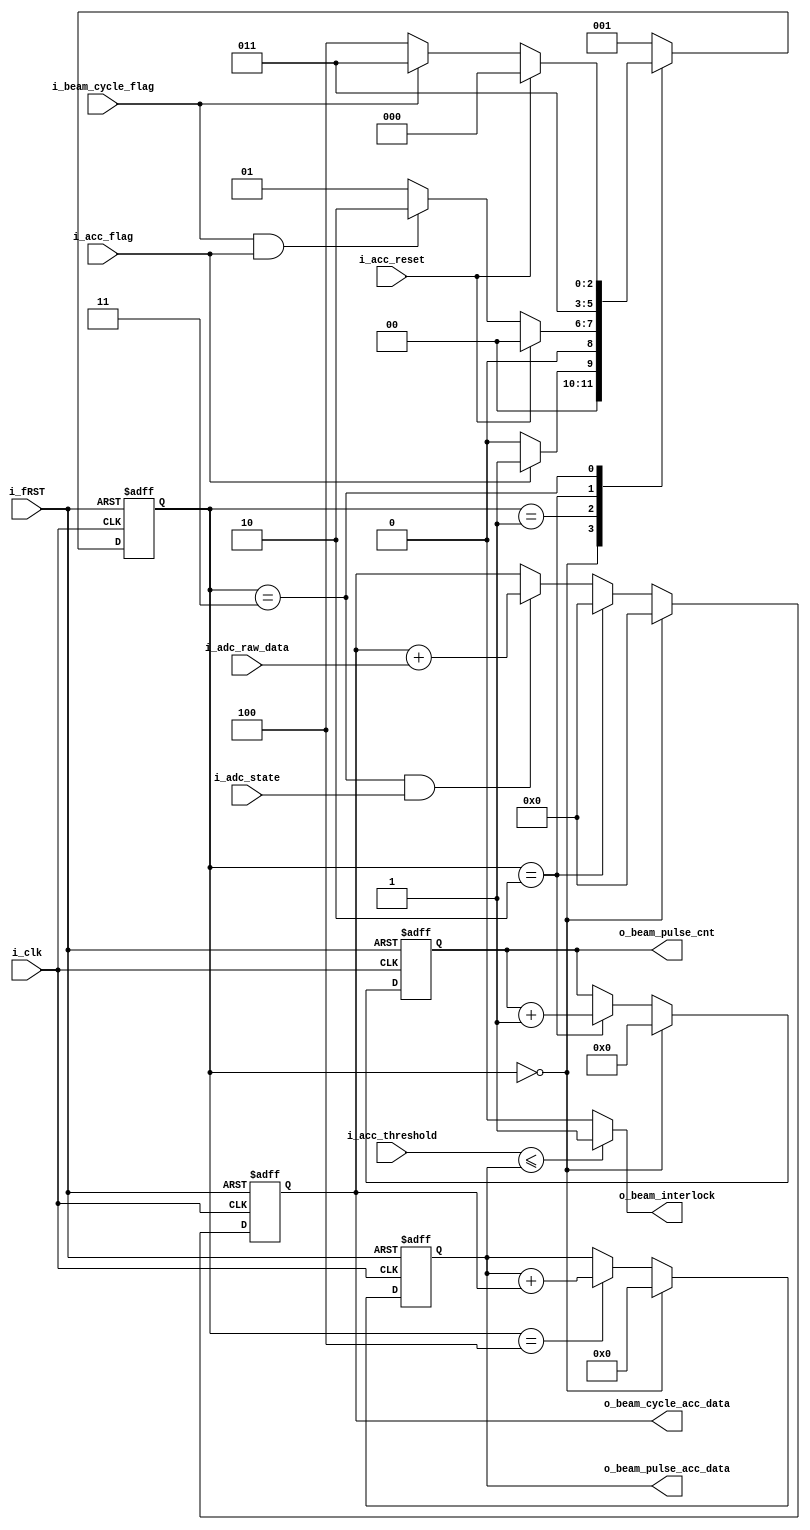
`timescale 1ns / 1ps

/*

*/

module DATA_ACC
(
    input i_fRST,
    input i_clk,

    input i_adc_state,
    input i_acc_flag,
    input i_acc_reset,
    input i_beam_cycle_flag,

    input [13:0] i_adc_raw_data,
    input [44:0] i_acc_threshold,

    output reg [22:0] o_beam_cycle_acc_data,
    output reg [44:0] o_beam_pulse_acc_data,
    output reg [21:0] o_beam_pulse_cnt,
    output o_beam_interlock
);
    parameter init = 0;
    parameter idle = 1;
    parameter cycle_init = 2;
    parameter cycle_acc = 3;
    parameter pulse_acc = 4;

    reg [2:0] state;
    reg [2:0] n_state;

    // State Machine Init
    always @(posedge i_clk or negedge i_fRST) 
    begin
        if (~i_fRST)
            state <= init;

        else 
            state <= n_state;
    end

    // State Machine
    always @(*)
    begin
        case (state)
            init :
            begin
                if (i_acc_flag)
                    n_state <= idle;

                else
                    n_state <= init;
            end

            idle :
            begin
                if (i_acc_reset)
                    n_state <= init;

                else if (i_beam_cycle_flag && i_acc_flag)
                    n_state <= cycle_init;

                else
                    n_state <= idle;
            end

            cycle_init :
                n_state <= cycle_acc;

            cycle_acc :
            begin
                if (i_acc_reset)
                    n_state <= init;

                else if (~i_beam_cycle_flag)
                    n_state <= pulse_acc;

                else
                    n_state <= cycle_acc;
            end

            pulse_acc :
                n_state <= idle;


            default :
                    n_state <= idle;
        endcase
    end

    // Beam Cycle Acc
    always @(posedge i_clk or negedge i_fRST)
    begin
        if (~i_fRST)
            o_beam_cycle_acc_data <= 0;

        else if (state == init)
            o_beam_cycle_acc_data <= 0;

        else if (state == cycle_init)
            o_beam_cycle_acc_data <= 0;

        else if (state == cycle_acc && i_adc_state)
            o_beam_cycle_acc_data <= o_beam_cycle_acc_data + i_adc_raw_data;
        
        else 
            o_beam_cycle_acc_data <= o_beam_cycle_acc_data;
    end

    // Beam Pulse Acc
    always @(posedge i_clk or negedge i_fRST)
    begin
        if (~i_fRST)
            o_beam_pulse_acc_data <= 0;

        else if (state == init)
            o_beam_pulse_acc_data <= 0;

        else if (state == pulse_acc)
            o_beam_pulse_acc_data <= o_beam_pulse_acc_data + o_beam_cycle_acc_data;

        else
            o_beam_pulse_acc_data <= o_beam_pulse_acc_data;
    end

    // Beam Count Acc
    always @(posedge i_clk or negedge i_fRST)
    begin
        if (~i_fRST)
            o_beam_pulse_cnt <= 0;

        else if (state == init)
            o_beam_pulse_cnt <= 0;

        else if (state == cycle_init)
            o_beam_pulse_cnt <= o_beam_pulse_cnt + 1;
        
        else 
            o_beam_pulse_cnt <= o_beam_pulse_cnt;
    end

    assign o_beam_interlock = (i_acc_threshold <= o_beam_pulse_acc_data) ? 1 : 0;
    
endmodule